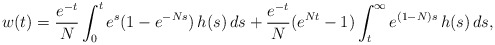
\begin{align*}w(t) = \frac{e^{-t}}{N} \int_0^t e^s ( 1 - e^{-N s} ) \, h(s) \, ds+ \frac{e^{-t}}{N} (e^{N t}-1) \int_t^\infty e^{(1-N)s} \, h(s) \, ds,\end{align*}